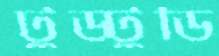
টুড্টুডি